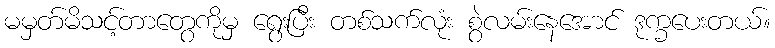
မမှတ်မိသင့်တာတွေကိုမှ ရွေးပြီး တစ်သက်လုံး စွဲလမ်းနေအောင် ဒုက္ခပေးတယ်။